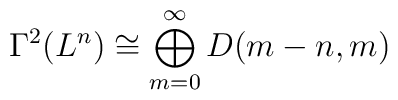
\Gamma^2(L^n) \cong  \bigoplus_{m=0}^{\infty} D(m-n,m)